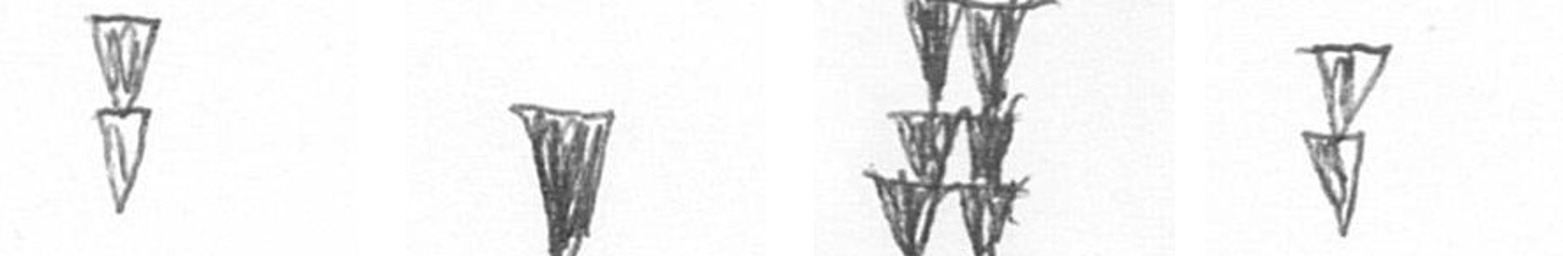
Z J Y Z